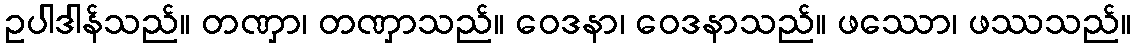
ဥပါဒါန်သည်။ တဏှာ၊ တဏှာသည်။ ဝေဒနာ၊ ဝေဒနာသည်။ ဖဿော၊ ဖဿသည်။